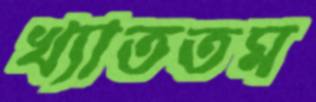
খ্যাততম